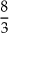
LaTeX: \frac { 8 } { 3 }